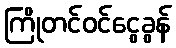
ကြိုတင်ဝင်ငွေခွန်